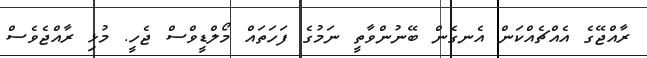
ރާއްޖޭގެ އެއްޗެއްކަން އެނގެން ބޭނުންވާތީ ނަމުގެ ފަހަތައް މޯލްޑީވްސް ޖެހީ. މުޅި ރާއްޖެވެސް